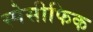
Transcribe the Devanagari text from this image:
स्पेसीफिक